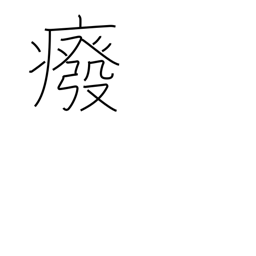
Meaning: getting crippled